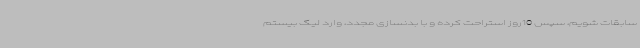
سابقات شویم، سپس 10روز استراحت کرده و با بدنسازی مجدد، وارد لیگ بیستم